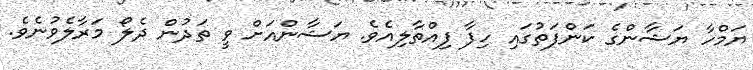
ޔަމްހާ ޔަޝާންގެ ކަންފަތުގައި ހިފާ ފިއްތާލިއެވެ. ޔަޝާންއަށް ވީ ތަދުން ދެލޯ މަރާލެވުނެވެ.